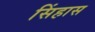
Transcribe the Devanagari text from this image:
सिंहास